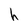
Character: h